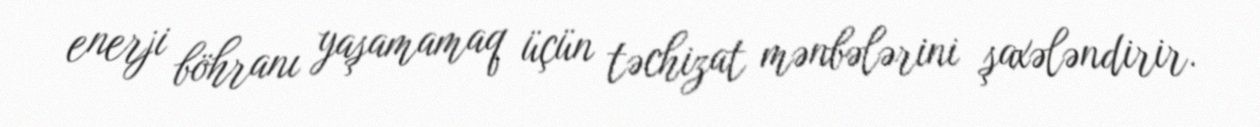
enerji böhranı yaşamamaq üçün təchizat mənbələrini şaxələndirir.